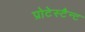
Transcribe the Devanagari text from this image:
प्रोटेस्टैन्ट